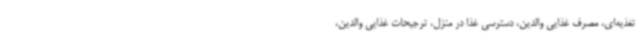
تغذیه‌ای، مصرف غذایی والدین، دسترسی غذا در منزل، ترجیحات غذایی والدین،